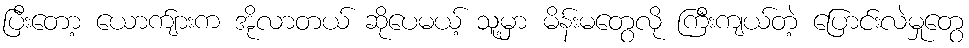
ပြီးတော့ ယောက်ျားက အိုလာတယ် ဆိုပေမယ့် သူ့မှာ မိန်းမတွေလို ကြီးကျယ်တဲ့ ပြောင်းလဲမှုတွေ